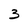
Character: 3